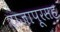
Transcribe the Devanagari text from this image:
राजापूरसह